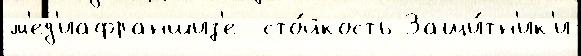
м'ед'иафраншиз'е  сто́йкость Защи́тн'ик'и